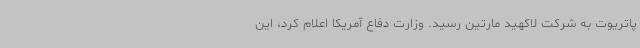
پاتریوت به شرکت لاکهید مارتین رسید. وزارت دفاع آمریکا اعلام کرد، این